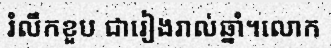
រំលឹកខួប ជារៀងរាល់ឆ្នាំ។លោក